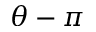
\theta - \pi